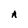
Character: A